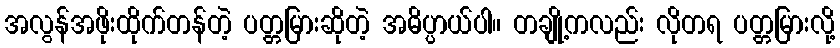
အလွန်အဖိုးထိုက်တန်တဲ့ ပတ္တမြားဆိုတဲ့ အဓိပ္ပာယ်ပါ။ တချို့ကလည်း လိုတရ ပတ္တမြားလို့